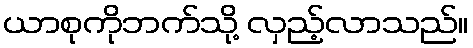
ယာစုကိုဘက်သို့ လှည့်လာသည်။